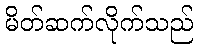
မိတ်ဆက်လိုက်သည်